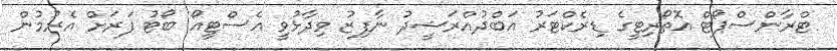
ޓްރާންސްޕޯޓް އޮތޯރިޓީގެ ޑިރެކްޓަރު އަބްދުއްރަޝީދު ނާފިޒު ވިދާޅުވީ އެސްޓީއޯ ބޯޓު ފަރަށް އެރުމުން